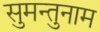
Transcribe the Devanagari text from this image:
सुमन्तुनाम